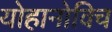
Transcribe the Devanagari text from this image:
योहानोविच